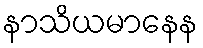
နာသိယမာနေန